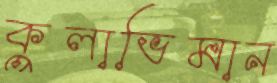
কুলাভিমান